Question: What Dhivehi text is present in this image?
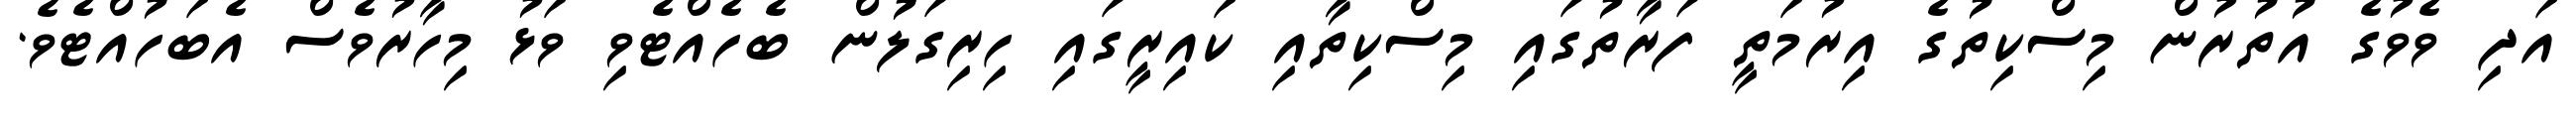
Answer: އަދި ވެވުގެ އުތުރުން މިސްކިތުގެ އިރުމަތީ ފަރާތުގައި މިސްކިތާއި ކައިރީގައި ހިރިގަލުން ބެހެއްޓެވި ވަޅު މިހާރުވެސް އެބަހުއްޓެވެ.